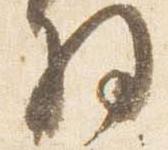
将